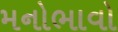
મનોભાવો